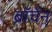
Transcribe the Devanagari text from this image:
ब्रॉचेन